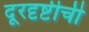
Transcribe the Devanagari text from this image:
दूरदृष्टीची